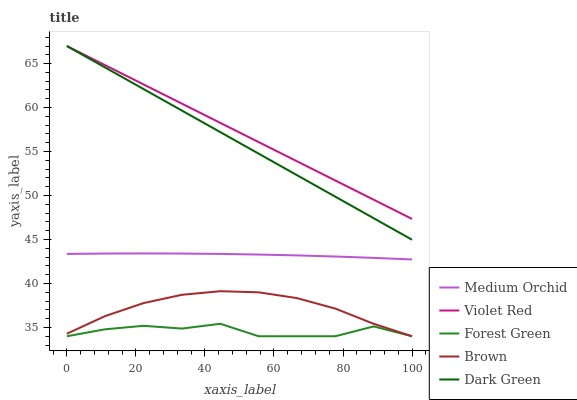
| xaxis_label | Medium Orchid | Violet Red | Forest Green | Brown | Dark Green |
 | --- | --- | --- | --- | --- | --- |
 | 0 | 43.4 | 67 | 34 | 34.3 | 67 |
 | 11.1 | 43.4 | 64.8 | 34.8 | 36.3 | 64.6 |
 | 22.2 | 43.4 | 62.6 | 35.2 | 37.8 | 62.1 |
 | 33.3 | 43.4 | 60.4 | 34.9 | 38.7 | 59.7 |
 | 44.4 | 43.4 | 58.3 | 35.4 | 39.1 | 57.2 |
 | 55.6 | 43.3 | 56.1 | 34 | 39 | 54.8 |
 | 66.7 | 43.2 | 53.9 | 34 | 38.3 | 52.3 |
 | 77.8 | 43.1 | 51.7 | 34 | 37.1 | 49.9 |
 | 88.9 | 42.9 | 49.5 | 35.1 | 35.4 | 47.4 |
 | 100 | 42.7 | 47.3 | 34 | 34 | 45 |